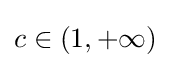
c\in (1,+\infty )